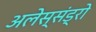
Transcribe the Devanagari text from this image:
अलेस्संड्रो